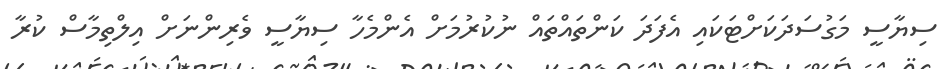
ސިޔާސީ މަގުސަދަކަށްޓަކައި އެފަދަ ކަންތައްތައް ނުކުރުމަށް އެންމެހާ ސިޔާސީ ވެރިންނަށް އިލްތިމާސް ކުރާ